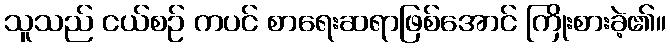
သူသည် ငယ်စဉ် ကပင် စာရေးဆရာဖြစ်အောင် ကြိုးစားခဲ့၏။